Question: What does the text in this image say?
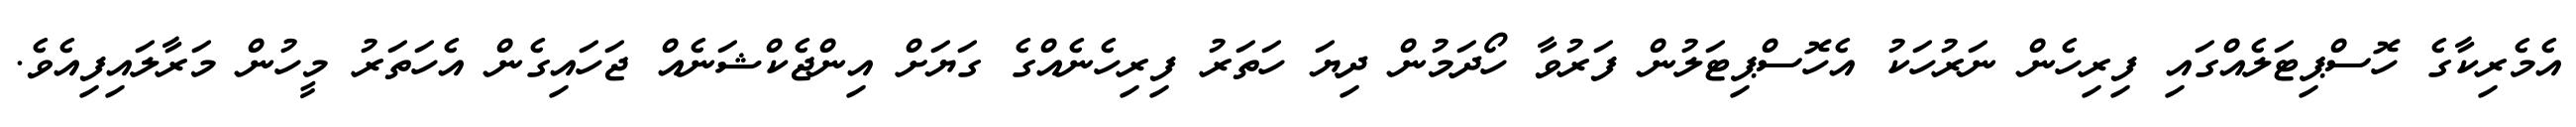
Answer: އެމެރިކާގެ ހޮސްޕިޓަލެއްގައި ފިރިހެން ނަރުހަކު އެހޮސްޕިޓަލުން ފަރުވާ ހޯދަމުން ދިޔަ ހަތަރު ފިރިހެނެއްގެ ގަޔަށް އިންޖެކްޝަނެއް ޖަހައިގެން އެހަތަރު މީހުން މަރާލައިފިއެވެ.